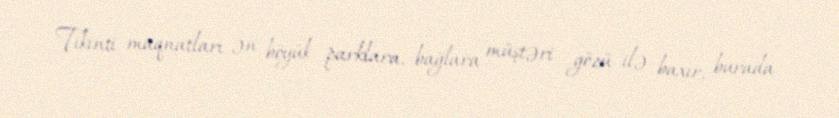
Tikinti maqnatları ən böyük parklara, bağlara müştəri gözü ilə baxır, burada